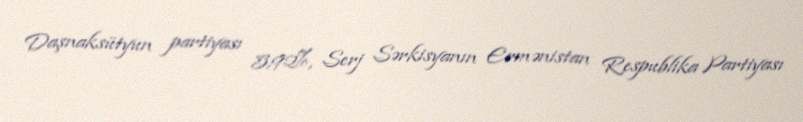
Daşnaksütyun partiyası 5,92%, Serj Sərkisyanın Ermənistan Respublika Partiyası